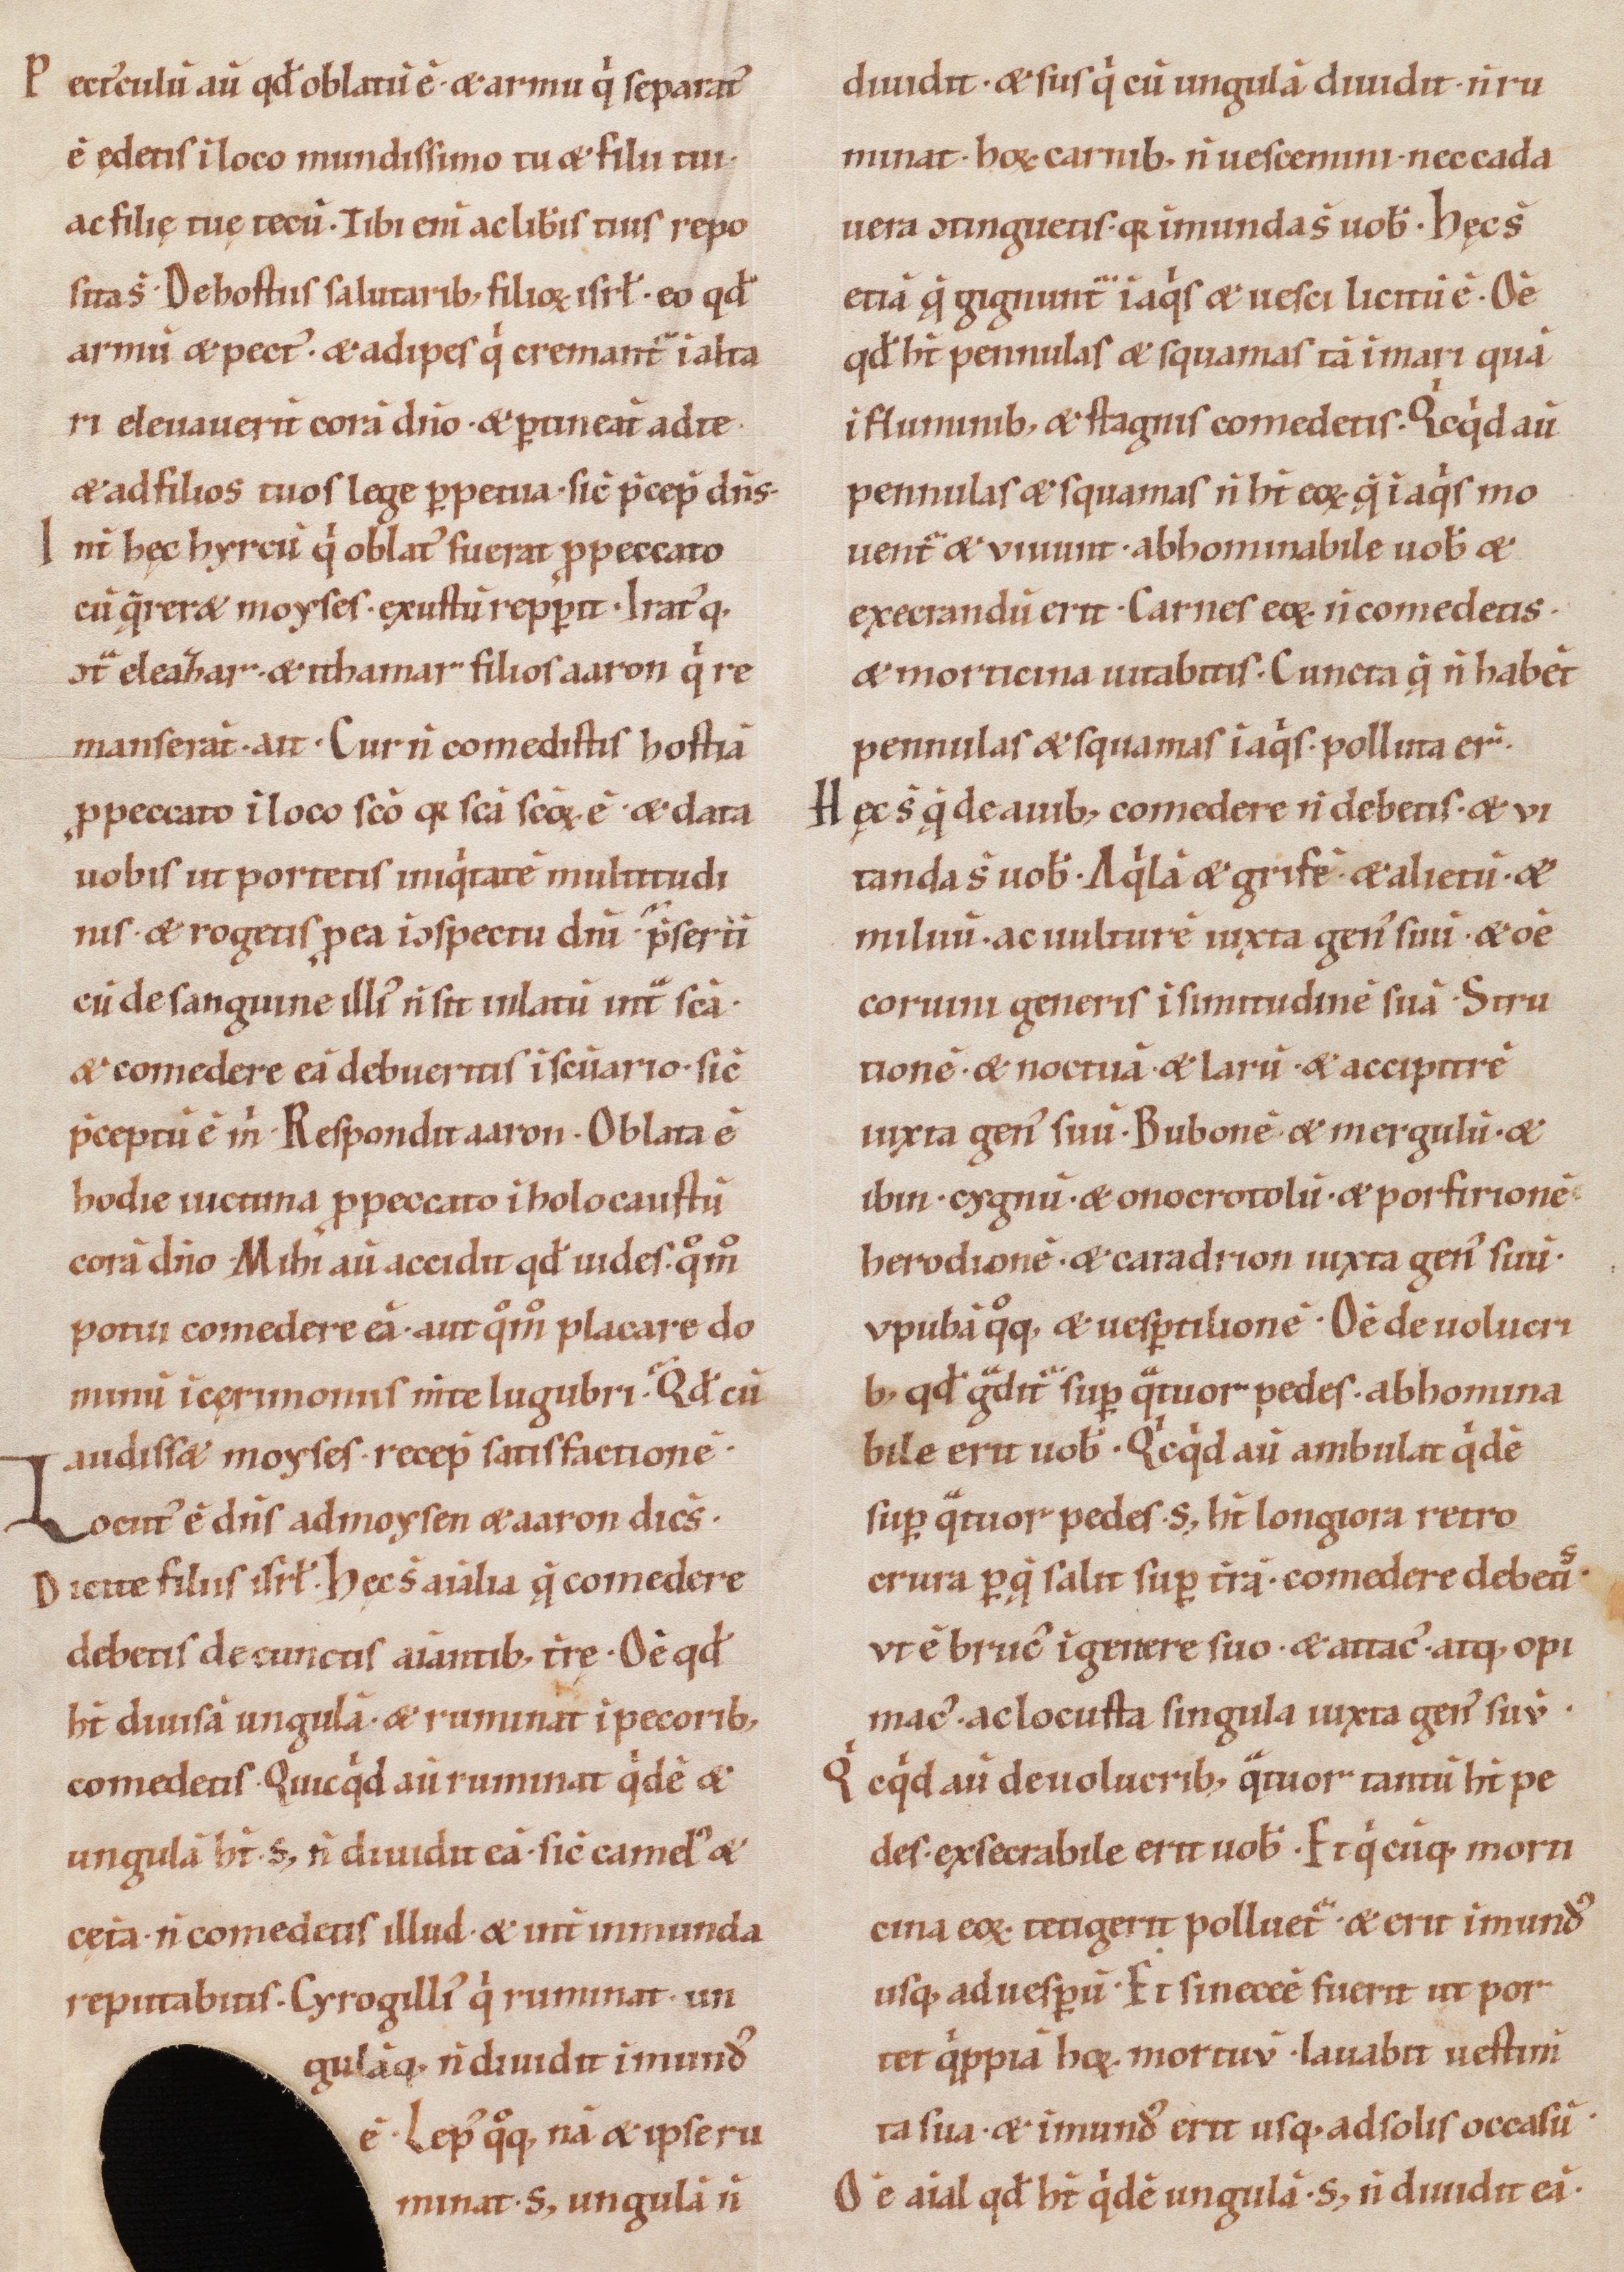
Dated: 1100–1199